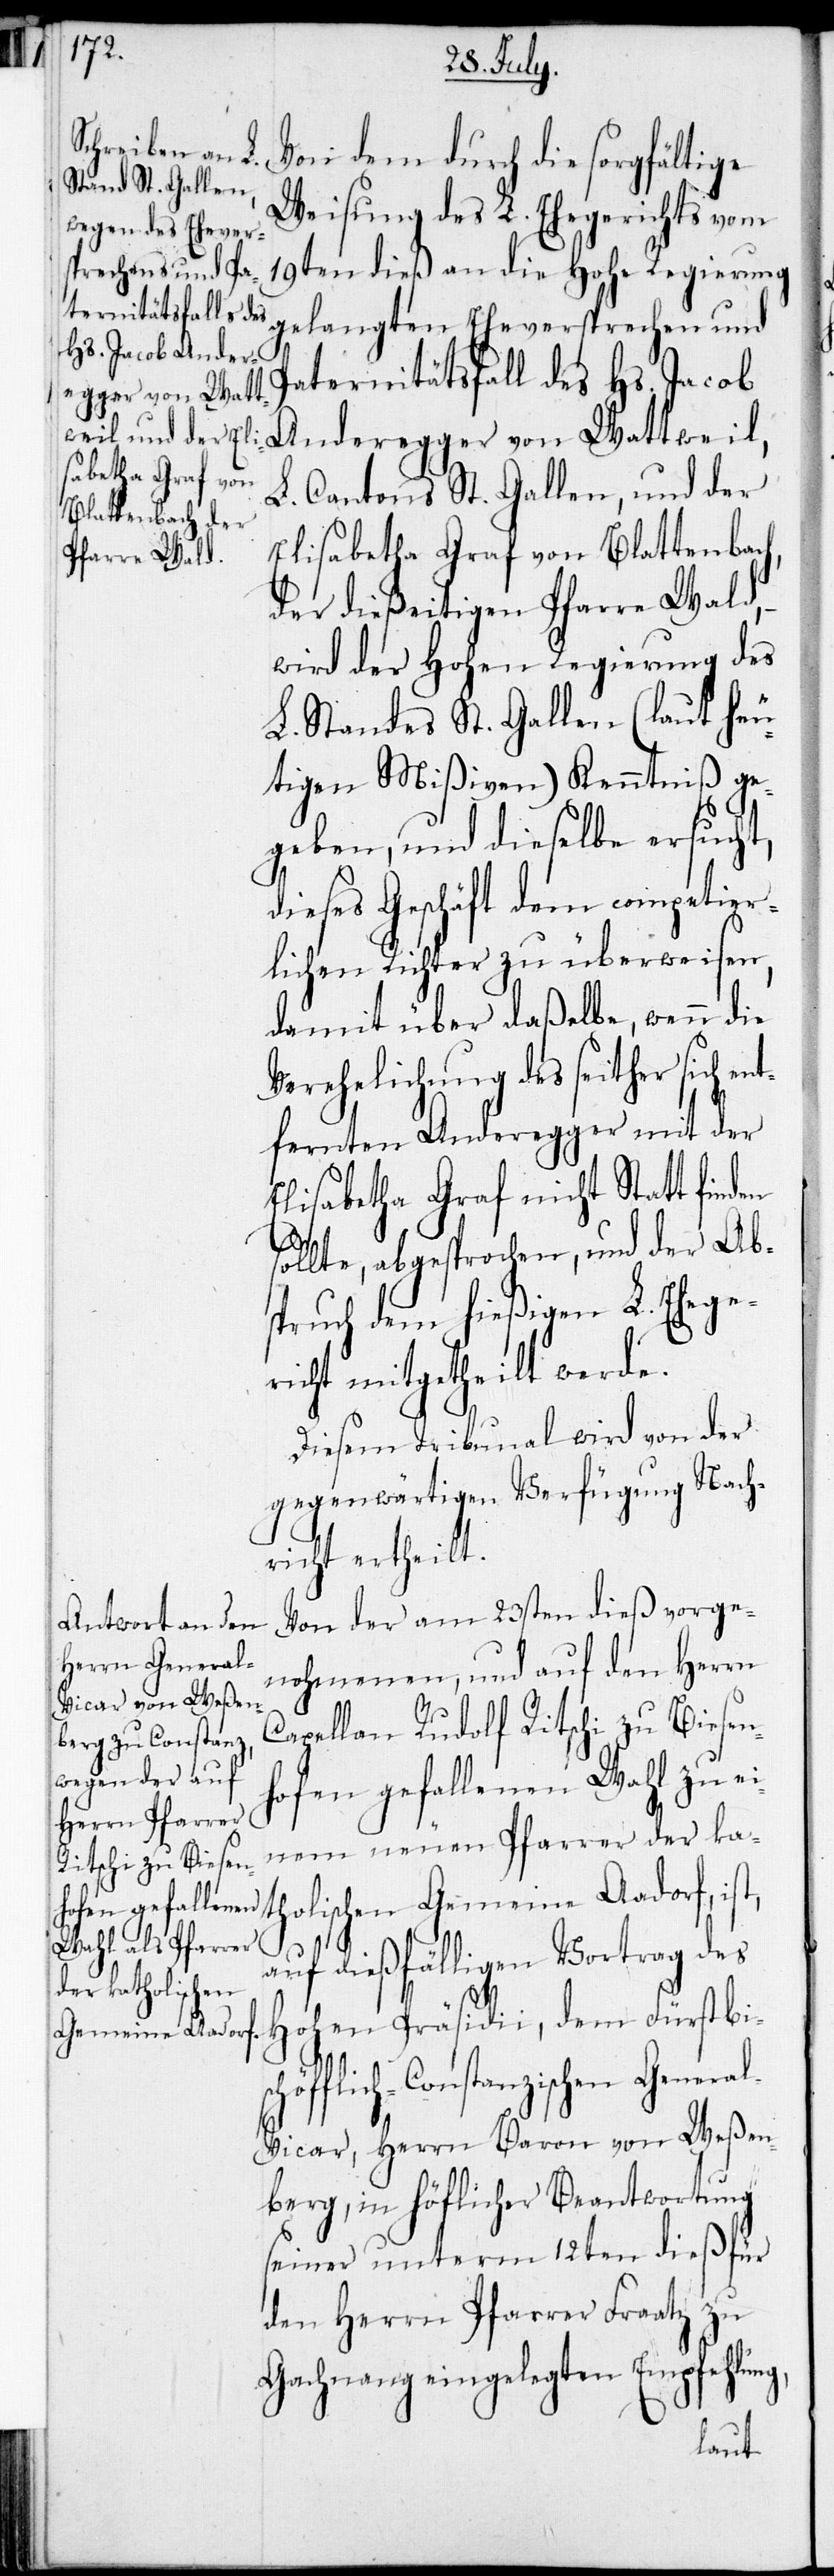
Von dem durch die sorgfältige
Weisung des L. Ehegerichts vom
19ten dieß an die Hohe Regierung
Paternitätsfall des Hs. Jacob
Anderegger von Wattweil,
L. Cantons St. Gallen, und der
Elisabetha Graf von Blattenbach,
der dießeitigen Pfarre Wald,
wird der Hohen Regierung des
L. Standes St. Gallen (laut heu¬
tigen Mißiven) Kenntniß ge¬
geben, und dieselbe ersucht,
dieses Geschäft dem competier¬
lichen Richter zu überweisen,
damit über daßelbe, wenn die
Verehelichung des seither sich
fernten Anderegger mit der
Elisabetha Graf nicht Statt finden
sollte, abgesprochen, und der Ab¬
spruch dem hießigen L. Ehege¬
richt mitgehteilt werde.
Diesem Tribunal wird von der
gegenwärtigen Verfügung Nach¬
richt ertheilt.
Von der am 23sten dieß vorge¬
nohmenen, und auf den Herrn
Capellan Rudolf Ritschi gefal¬
einem neuen Pfarrer der ka¬
tholischen Gemeinde Aadorf, ist,
auf dießfälligen Vortrag des
Hohen Präsidii, dem Fürstbisc¬
höfflich-Constanzischen Genera¬
l-Vicar, Herrn Baron von Weßen¬
berg, in höflicher Beantwortung
seiner unterm 12ten dieß für
den Herrn Pfarrer Fraatz zu
Gachnang eingelegten Empfehlung
lenen